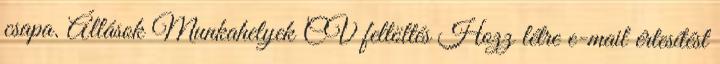
csapa. Állások Munkahelyek CV feltöltés Hozz létre e-mail értesítést